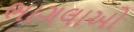
ભાગલાઓ